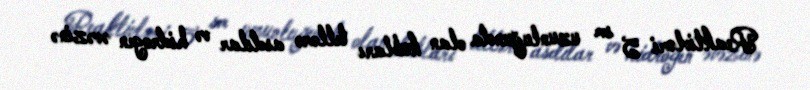
Reaktivləri 5 sm uzunluğunda olan kubları tellərə asdılar və hidrogen əvəzinə